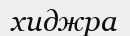
хиджра